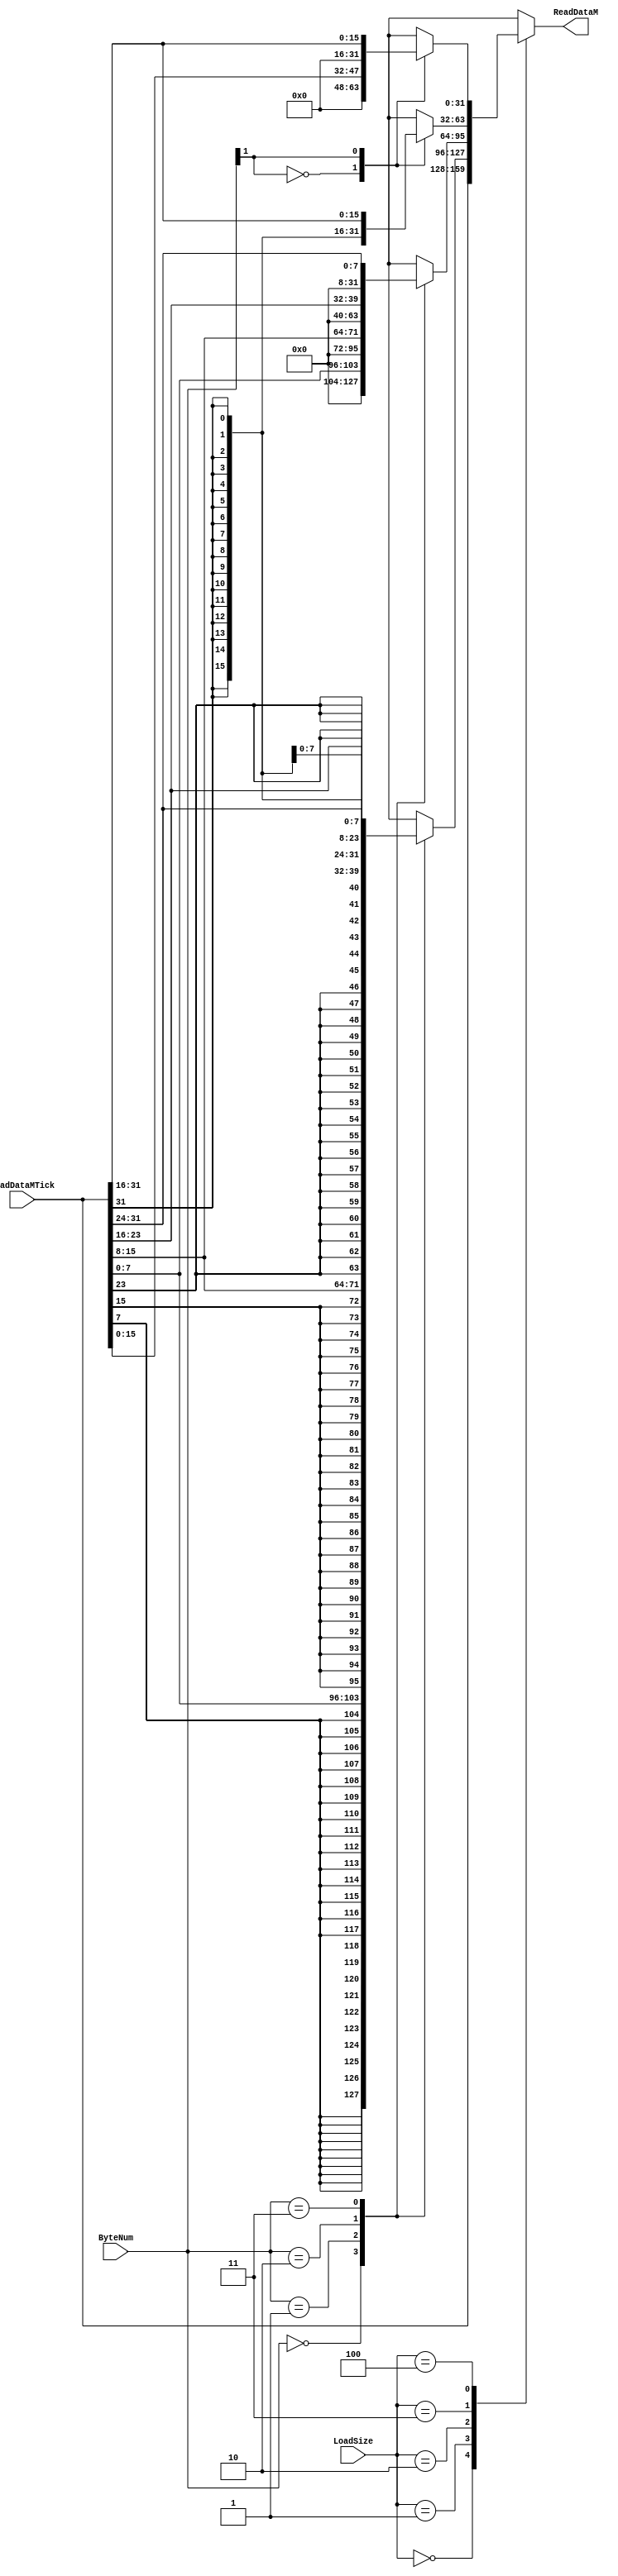
module sizeconvld(
	input   [31:0]    ReadDataMTick,
	input   [2:0]     LoadSize, 
	input 	[1:0]	  ByteNum,
	output reg [31:0] ReadDataM
);
	always@(*) begin
		case (LoadSize)
			//lw
			3'b000:	ReadDataM = ReadDataMTick;
			//lb
			3'b001:	case(ByteNum)
					2'b00: ReadDataM = { {24{ReadDataMTick[7]}}, ReadDataMTick[7:0] };
					2'b01: ReadDataM = { {24{ReadDataMTick[15]}}, ReadDataMTick[15:8] };
					2'b10: ReadDataM = { {24{ReadDataMTick[23]}}, ReadDataMTick[23:16] };
					2'b11: ReadDataM = { {24{ReadDataMTick[31]}}, ReadDataMTick[31:24] };
				endcase
			//lbu
			3'b010:	case(ByteNum)
					2'b00: ReadDataM = { {24{1'b0}},ReadDataMTick[7:0] };
					2'b01: ReadDataM = { {24{1'b0}},ReadDataMTick[15:8] };
					2'b10: ReadDataM = { {24{1'b0}},ReadDataMTick[23:16] };
					2'b11: ReadDataM = { {24{1'b0}},ReadDataMTick[31:24] };
				endcase
			
			//lh
			3'b011: case(ByteNum[1])
					1'b0: ReadDataM = { {16{ReadDataMTick[15]}},ReadDataMTick[15:0] };
					1'b1: ReadDataM = { {16{ReadDataMTick[31]}},ReadDataMTick[31:16] };
				endcase
			
			//lhu
			3'b100: case(ByteNum[1])
					1'b0: ReadDataM = { {16{1'b0}},ReadDataMTick[15:0] };
					1'b1: ReadDataM = { {16{1'b0}},ReadDataMTick[31:16] };
				endcase
				
			default:ReadDataM = 32'bxxxx_xxxx_xxxx_xxxx_xxxx_xxxx_xxxx_xxxx;
		endcase
	end
endmodule